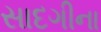
સાદગીના